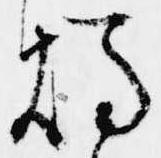
燭